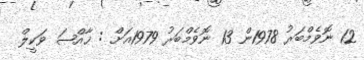
12 ނޮވެމްބަރު 1978ން 13 ނޮވެމްބަރު 1979އަށް : ޚާއްޞަ ވަކީލް